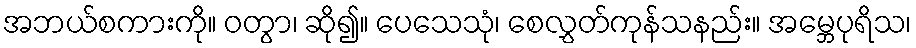
အဘယ်စကားကို။ ဝတွာ၊ ဆို၍။ ပေသေသုံ၊ စေလွှတ်ကုန်သနည်း။ အမ္ဘေပုရိသ၊